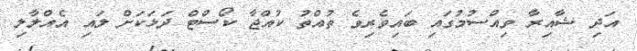
އަދި ޝާއިރާ ވިއްސުމުގައި ބައިވެރިވެ ތުއްތު ކުއްޖާ ކޯސްޓް ދަޅަކަށް ލައި އެއްލާލި